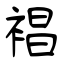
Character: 裮